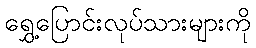
ရွှေ့ပြောင်းလုပ်သားများကို